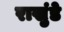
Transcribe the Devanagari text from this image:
राखुंडे